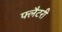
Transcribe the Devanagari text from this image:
फ्लैटरी